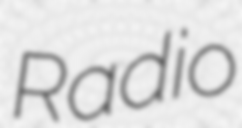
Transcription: Radio